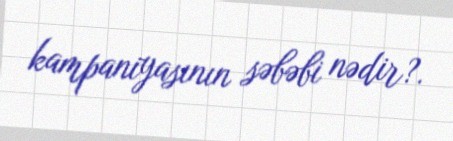
kampaniyasının səbəbi nədir?.